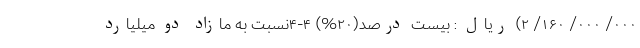
۰۰۰/ ۰۰۰/ ۱۶۰/ ۲) ریال : بیست درصد(۲۰%) ۴-۴­نسبت به مازاد دو میلیارد